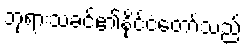
ဘုရားသခင်၏နိုင်ငံတော်သည်